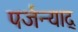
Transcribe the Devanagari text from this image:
पर्जन्याद्‌